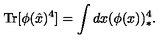
\mathrm { T r } [ \phi ( \hat { x } ) ^ { 4 } ] = \int d x ( \phi ( x ) ) _ { * } ^ { 4 } .